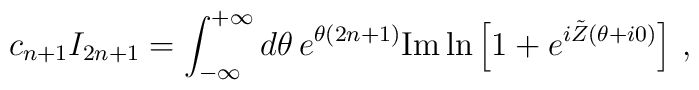
c_{n+1}I_{2n+1}=\int _{-\infty}^{+\infty} d\theta \, e^{\theta (2n+1)}{\mbox {Im}}\ln \left [1+e^{i\tilde Z(\theta+i0)}\right ] \, ,